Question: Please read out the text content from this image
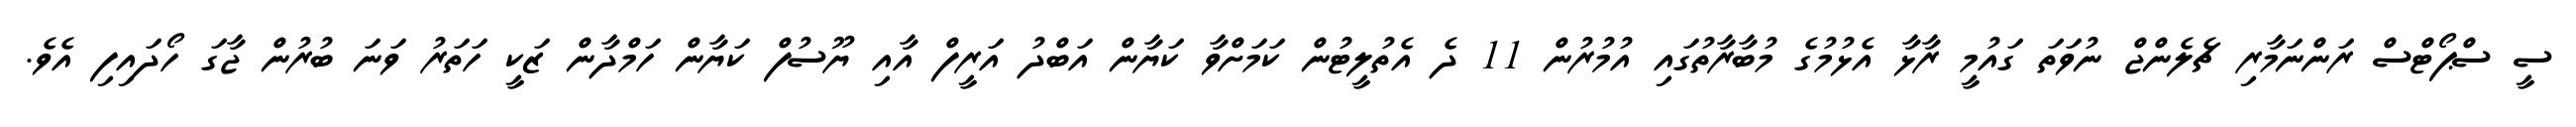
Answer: ސީ ސްޕޯޓްސް ރަންނަމާރި ޗެލެންޖް ނުވަތަ ގައުމީ ރާޅާ އެޅުމުގެ މުބާރާތުގައި އުމުރުން 11 ދެ އެތުލީޓުން ކަމަށްވާ ކަޔާން އަބްދު އަރީފް އާއި ޔޫސުފް ކަޔާން ހަމްދާން ޒަކީ ހަތަރު ވަނަ ބުރުން ޖާގަ ހޯދައިފި އެވެ.